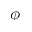
\phi